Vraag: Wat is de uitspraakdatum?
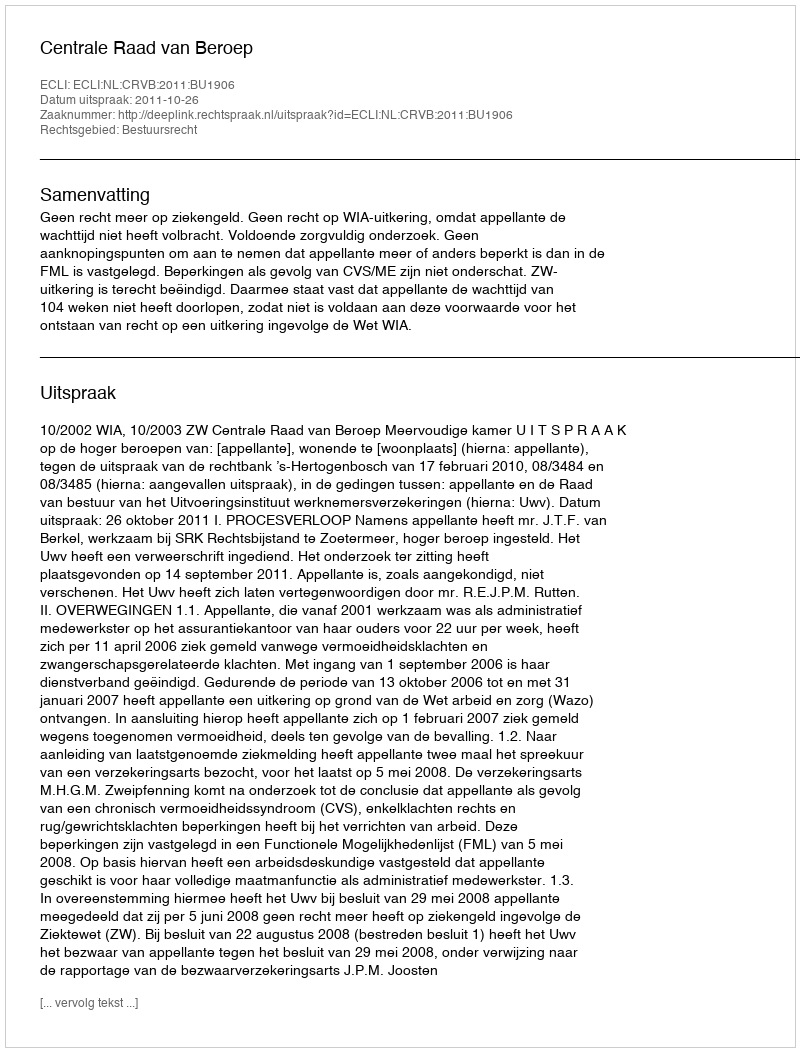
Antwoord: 2011-10-26